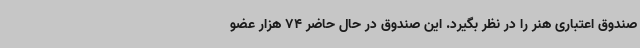
صندوق اعتباری هنر را در نظر بگیرد. این صندوق در حال حاضر 74 هزار عضو